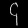
Digit: ၄